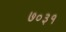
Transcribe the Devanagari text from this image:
७०३१